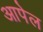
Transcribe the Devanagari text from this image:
आपेल